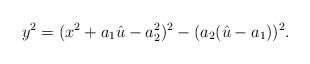
LaTeX: \begin{align*}y^2=(x^2 + a_1 \hat{u} - a_{2}^2)^2 - (a_2(\hat{u}-a_1))^2.\end{align*}